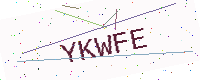
Text: YKWFE